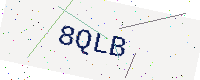
Text: 8QLB